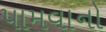
પામવાનો